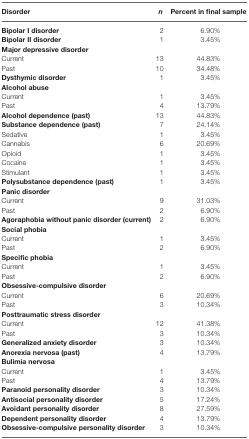
<table><thead><tr><td><b>Disorder</b></td><td><b><i>n</i></b></td><td><b>Percent in final sample</b></td></tr></thead><tbody><tr><td><b>Bipolar I disorder</b></td><td>2</td><td>6.90%</td></tr><tr><td><b>Bipolar II disorder</b></td><td>1</td><td>3.45%</td></tr><tr><td><b>Major depressive disorder</b></td></tr><tr><td>Current</td><td>13</td><td>44.83%</td></tr><tr><td>Past</td><td>10</td><td>34.48%</td></tr><tr><td><b>Dysthymic disorder</b></td><td>1</td><td>3.45%</td></tr><tr><td><b>Alcohol abuse</b></td></tr><tr><td>Current</td><td>1</td><td>3.45%</td></tr><tr><td>Past</td><td>4</td><td>13.79%</td></tr><tr><td><b>Alcohol dependence (past)</b></td><td>13</td><td>44.83%</td></tr><tr><td><b>Substance dependence (past)</b></td><td>7</td><td>24.14%</td></tr><tr><td>Sedative</td><td>1</td><td>3.45%</td></tr><tr><td>Cannabis</td><td>6</td><td>20.69%</td></tr><tr><td>Opioid</td><td>1</td><td>3.45%</td></tr><tr><td>Cocaine</td><td>1</td><td>3.45%</td></tr><tr><td>Stimulant</td><td>1</td><td>3.45%</td></tr><tr><td><b>Polysubstance dependence (past)</b></td><td>1</td><td>3.45%</td></tr><tr><td><b>Panic disorder</b></td></tr><tr><td>Current</td><td>9</td><td>31.03%</td></tr><tr><td>Past</td><td>2</td><td>6.90%</td></tr><tr><td><b>Agoraphobia without panic disorder (current)</b></td><td>2</td><td>6.90%</td></tr><tr><td><b>Social phobia</b></td></tr><tr><td>Current</td><td>1</td><td>3.45%</td></tr><tr><td>Past</td><td>2</td><td>6.90%</td></tr><tr><td><b>Specific phobia</b></td></tr><tr><td>Current</td><td>1</td><td>3.45%</td></tr><tr><td>Past</td><td>2</td><td>6.90%</td></tr><tr><td><b>Obsessive-compulsive disorder</b></td></tr><tr><td>Current</td><td>6</td><td>20.69%</td></tr><tr><td>Past</td><td>3</td><td>10.34%</td></tr><tr><td><b>Posttraumatic stress disorder</b></td></tr><tr><td>Current</td><td>12</td><td>41.38%</td></tr><tr><td>Past</td><td>3</td><td>10.34%</td></tr><tr><td><b>Generalized anxiety disorder</b></td><td>3</td><td>10.34%</td></tr><tr><td><b>Anorexia nervosa (past)</b></td><td>4</td><td>13.79%</td></tr><tr><td><b>Bulimia nervosa</b></td></tr><tr><td>Current</td><td>1</td><td>3.45%</td></tr><tr><td>Past</td><td>4</td><td>13.79%</td></tr><tr><td><b>Paranoid personality disorder</b></td><td>3</td><td>10.34%</td></tr><tr><td><b>Antisocial personality disorder</b></td><td>5</td><td>17.24%</td></tr><tr><td><b>Avoidant personality disorder</b></td><td>8</td><td>27.59%</td></tr><tr><td><b>Dependent personality disorder</b></td><td>4</td><td>13.79%</td></tr><tr><td><b>Obsessive-compulsive personality disorder</b></td><td>3</td><td>10.34%</td></tr></tbody></table>